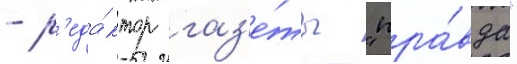
- р'еда́ктор газ'е́ты "пра́вда"